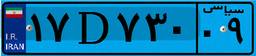
۱۷D۷۳۰۰۹